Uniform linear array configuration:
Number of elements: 8
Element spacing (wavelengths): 0.75
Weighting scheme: hann
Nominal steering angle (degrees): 30
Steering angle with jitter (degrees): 29.865
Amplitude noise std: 0.05
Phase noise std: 0.05

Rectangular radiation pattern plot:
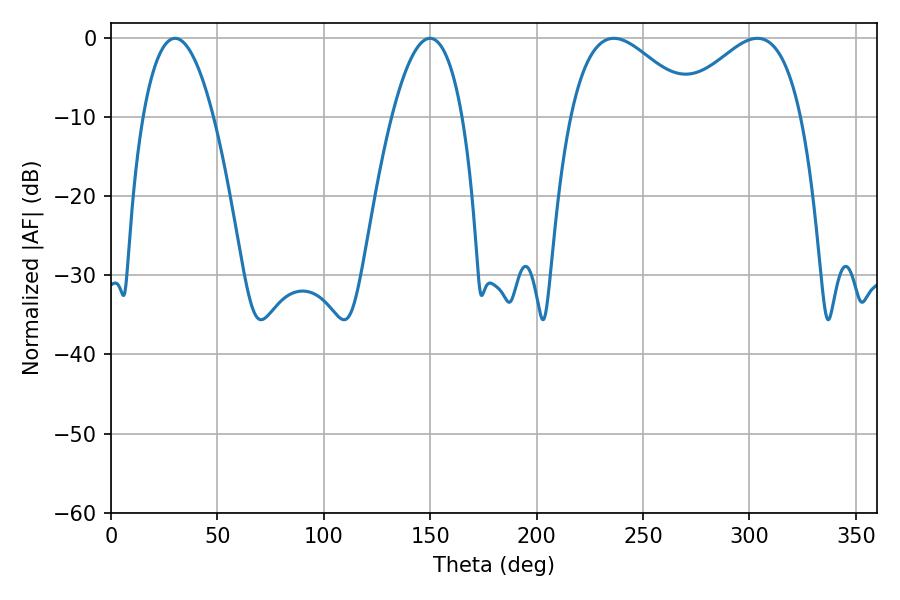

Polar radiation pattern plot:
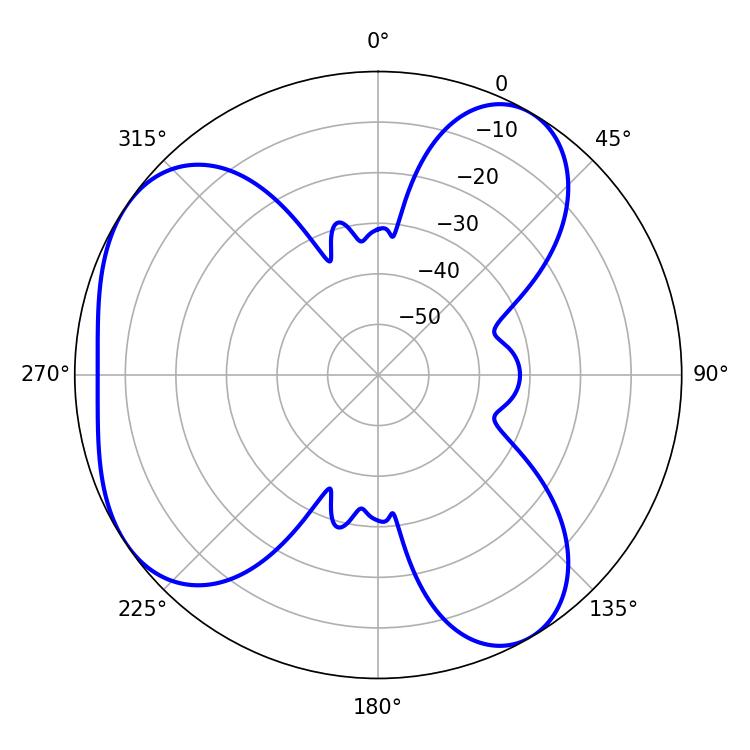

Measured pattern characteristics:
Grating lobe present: TRUE
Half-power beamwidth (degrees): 31.86
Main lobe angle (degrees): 236.34